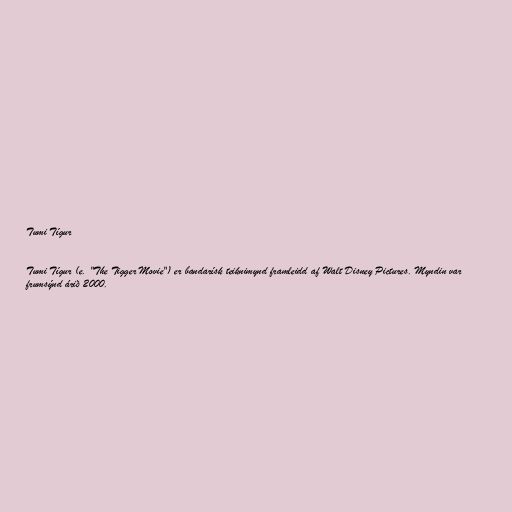
Tumi Tígur

Tumi Tígur (e. "The Tigger Movie") er bandarísk teiknimynd framleidd af Walt Disney Pictures. Myndin var
frumsýnd árið 2000.